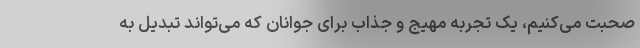
صحبت می‌کنیم، یک تجربه مهیج و جذاب برای جوانان که می‌تواند تبدیل به